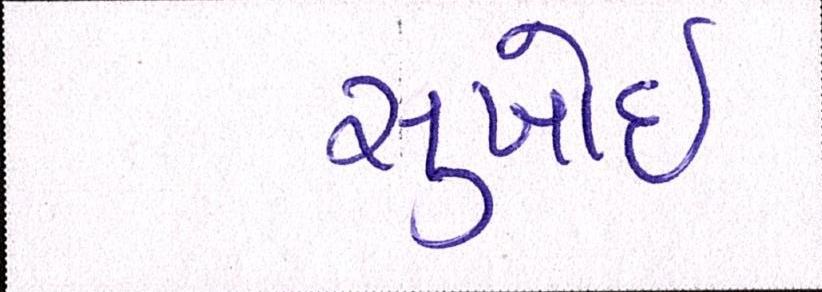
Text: સુખોઈ